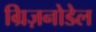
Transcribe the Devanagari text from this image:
ग्रिज़नोडेल